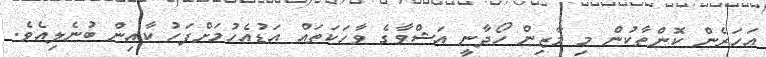
އަހަރެން ކޮންތާކުން މި މާޒިން ހޯދާނީ އަޝްވާގެ ވާހަކަތައް އަޑުއެހުމަށްފަހު ކާއިން ބުނެލިއެވެ.